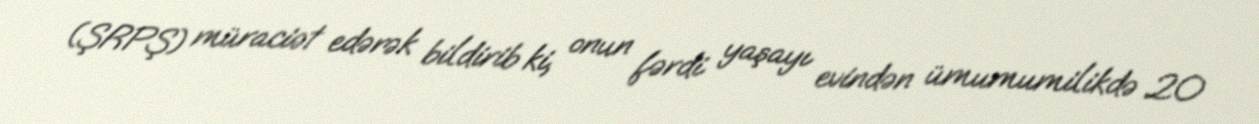
(ŞRPŞ) müraciət edərək bildirib ki, onun fərdi yaşayı evindən ümumumilikdə 20